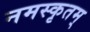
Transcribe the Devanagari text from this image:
नमस्कृतम्